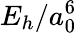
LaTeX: E_{h}/a_{0}^{6}